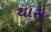
થાસ